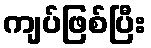
ကျပ်ဖြစ်ပြီး